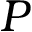
P